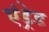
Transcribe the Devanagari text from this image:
एंड्रेड